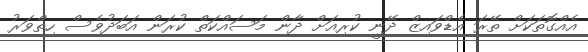
އެއްގޮތަކަށް ތޭރަ އެޑްވައިޒް ދޭނީ ކުރިއަށް ދާން މަސައްކަތް ކުރަން އަބަދުވެސް ހިތްވަރު